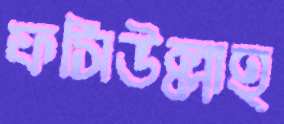
ফসিউল্লাহ